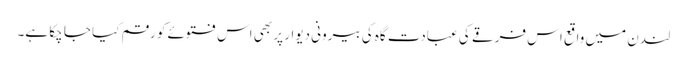
لندن میں واقع اس فرقے کی عبادت گاہ کی بیرونی دیوار پر بھی اس فتوئے کو رقم کیا جا چکا ہے۔